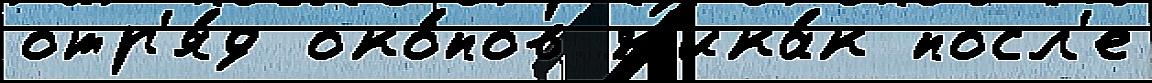
отр'я́д око́пов н'ика́к посл'е